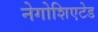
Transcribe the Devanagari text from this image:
नेगोशिएटेड